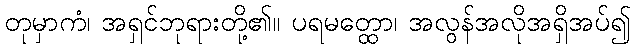
တုမှာကံ၊ အရှင်ဘုရားတို့၏။ ပရမတ္ထော၊ အလွန်အလိုအရှိအပ်၍